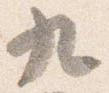
九